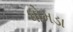
ધોમડા